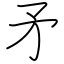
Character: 矛